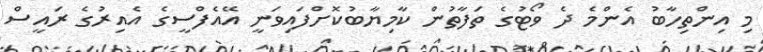
މި އިންތިހާބު އެންމެ ދެ ވޯޓުގެ ތަފާތުން ކާމިޔާބުކޮށްފައިވަނީ އޭއެފްސީގެ އެއިރުގެ ރައީސް